Report on vaccination in the Province of Bengal - 1874-1889
Year: 1874
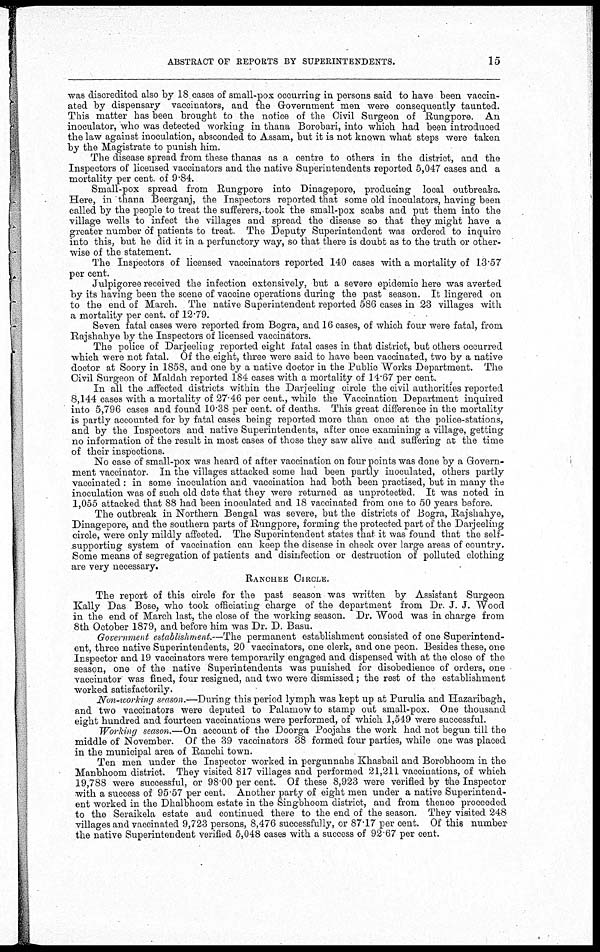
ABSTRACT OF REPORTS BY SUPERINTENDENTS.
15
was discredited also by 18 cases of small-pox occurring in persons said to have been vaccin-
ated by dispensary vaccinators, and the Government men were consequently taunted.
This matter has been brought to the notice of the Civil Surgeon of Rungpore. An
inoculator, who was detected working in thana Borobari, into which had been introduced
the law against inoculation, absconded to Assam, but it is not known what steps were taken
by the Magistrate to punish him.
The disease spread from these thanas as a centre to others in the district, and the
Inspectors of licensed vaccinators and the native Superintendents reported 5,047 cases and a
mortality per cent of 9.84.
Small-pox spread from Rungpore into Dinagepore, producing local outbreaks.
Here, in thana Beerganj, the Inspectors reported that some old inoculators, having been
called by the people to treat the sufferers, took the small-pox scabs and put them into the
village wells to infect the villages and spread the disease so that they might have a
greater number of patients to treat. The Deputy Superintendent was ordered to inquire
into this, but he did it in a perfunctory way, so that there is doubt as to the truth or other-
wise of the statement.
The Inspectors of licensed vaccinators reported 140 cases with a mortality of 13.57
per cent.
Julpigoree received the infection extensively, but a severe epidemic here was averted
by its having been the scene of vaccine operations during the past season. It lingered on
to the end of March. The native Superintendent reported 586 cases in 23 villages with
a mortality per cent. of 12.79.
Seven fatal cases were reported from Bogra, and 16 cases, of which four were fatal, from
Rajshahye by the Inspectors of licensed vaccinators.
The police of Darjeeling reported eight fatal cases in that district, but others occurred
which were not fatal. Of the eight, three were said to have been vaccinated, two by a native
doctor at Soory in 1858, and one by a native doctor in the Public Works Department. The
Civil Surgeon of Maldah reported 184 cases with a mortality of 14.67 per cent.
In all the affected districts within the Darjeeling circle the civil authorities reported
8,144 cases with a mortality of 27 46 per cent., while the Vaccination Department inquired
into 5,796 cases and found 10.38 per cent. of deaths. This great difference in the mortality
is partly accounted for by fatal cases being reported more than once at the police-stations,
and by the Inspectors and native Superintendents, after once examining a village, getting
no information of the result in most cases of those they saw alive and suffering at the time
of their inspections.
No case of small-pox was heard of after vaccination on four points was done by a Govern-
ment vaccinator In the villages attacked some had been partly inoculated, others partly
vaccinated : in some inoculation and vaccination had both been practised, but in many the
inoculation was of such old date that they were returned as unprotected. It was noted in
1,055 attacked that 88 had been inoculated and 18 vaccinated from one to 50 years before.
The outbreak in Northern Bengal was severe, but the districts of Bogra, Rajshahye,
Dinagepore, and the southern parts of Rungpore, forming the protected part of the Darjeeling
circle, were only mildly affected. The Superintendent states that it was found that the self-
supporting system of vaccination can keep the disease in check over large areas of country.
Some means of segregation of patients and disinfection or destruction of polluted clothing
are very necessary.
RANCHEE CIRCLE.
The report of this circle for the past season was written by Assistant Surgeon
Kally Das Bose, who took officiating charge of the department from Dr. J. J. Wood
in the end of March last, the close of the working season. Dr. Wood was in charge from
8th October 1879, and before him was Dr. D. Basu.
Government establishment.—The permanent establishment consisted of one Superintend-
ent, three native Superintendents, 20 vaccinators, one clerk, and one peon. Besides these, one
Inspector and 19 vaccinators were temporarily engaged and dispensed with at the close of the
season, one of the native Superintendents was punished for disobedience of orders, one
vaccinator was fined, four resigned, and two were dismissed ; the rest of the establishment
worked satisfactorily.
Non-working season.—During this period lymph was kept up at Purulia and Hazaribagh,
and two vaccinators were deputed to Palamow to stamp out small-pox. One thousand
eight hundred and fourteen vaccinations were performed, of which 1,549 were successful.
Working season.—On account of the Doorga Poojahs the work had not begun till the
middle of November. Of the 39 vaccinators 38 formed four parties, while one was placed
in the municipal area of Ranchi town.
Ten men under the Inspector worked in pergunnahs Khasbail and Borobhoom in the
Manbhoom district. They visited 817 villages and performed 21,211 vaccinations, of which
19,788 were successful, or 98 00 per cent. Of these 8,923 were verified by the Inspector
with a success of 95.57 per cent. Another party of eight men under a native Superintend-
ent worked in the Dhalbhoom estate in the Singbhoom district, and from thence proceeded
to the Seraikela estate and continued there to the end of the season. They visited 248
villages and vaccinated 9,723 persons, 8,476 successfully, or 87.17 per cent. Of this number
the native Superintendent verified 5,048 cases with a success of 92.67 per cent.